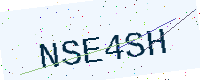
Text: NSE4SH